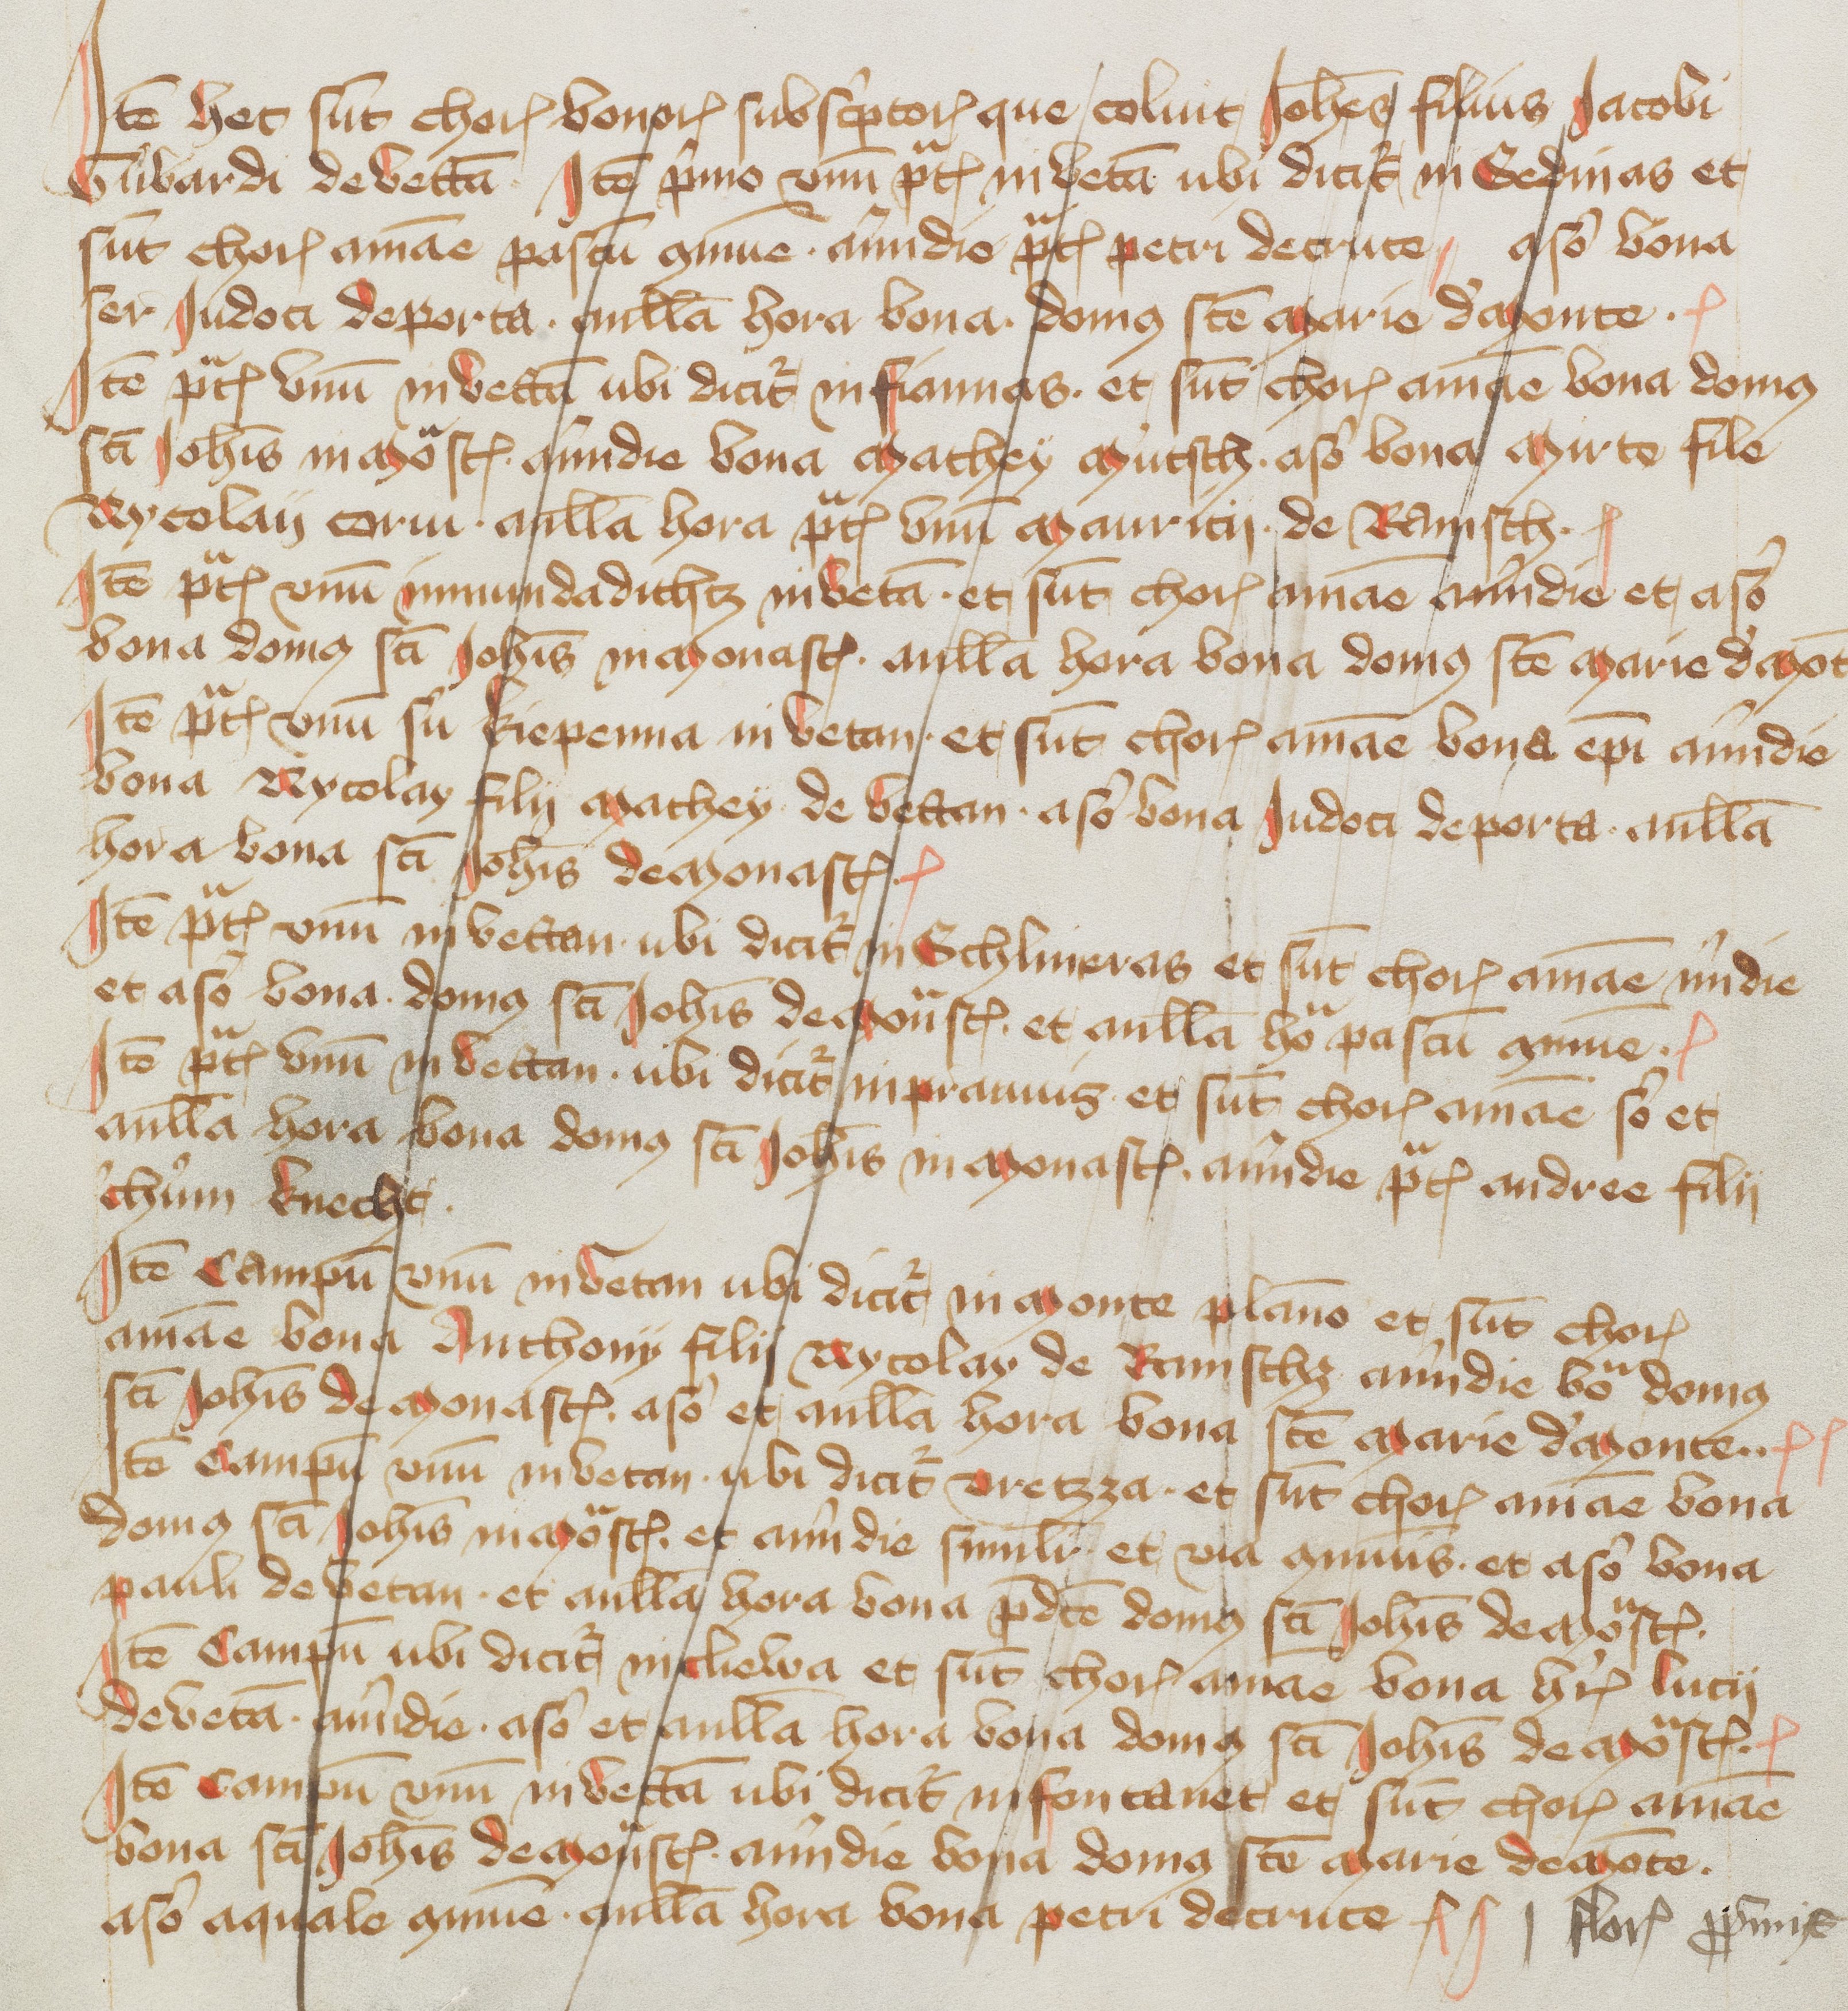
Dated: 1418–1418